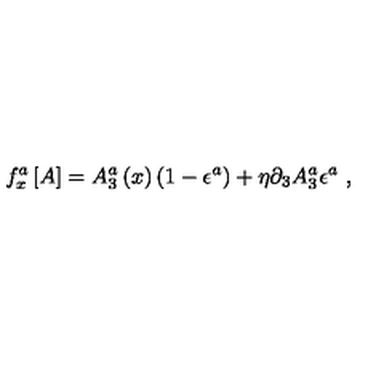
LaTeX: f _ { x } ^ { a } \left[ A \right] = A _ { 3 } ^ { a } \left( x \right) \left( 1 - \epsilon ^ { a } \right) + \eta \partial _ { 3 } A _ { 3 } ^ { a } \epsilon ^ { a } \ ,